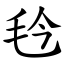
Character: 㲐